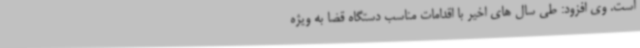
است. وی افزود: طی سال های اخیر با اقدامات مناسب دستگاه قضا به ویژه